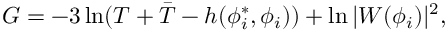
G = - 3 \ln ( T + \bar { T } - h ( \phi _ { i } ^ { * } , \phi _ { i } ) ) + \ln | W ( \phi _ { i } ) | ^ { 2 } ,